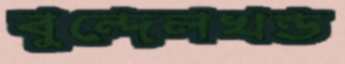
বুন্দেলখন্ড